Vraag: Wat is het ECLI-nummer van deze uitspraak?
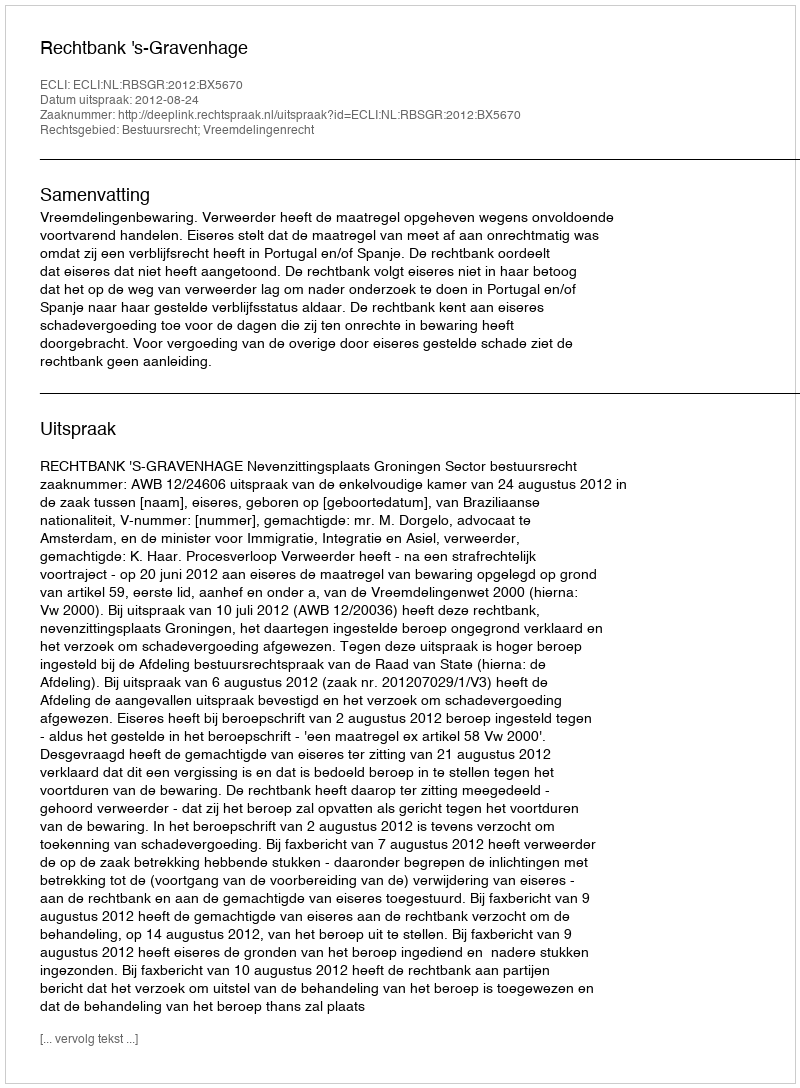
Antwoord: ECLI:NL:RBSGR:2012:BX5670